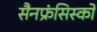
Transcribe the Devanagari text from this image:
सैनफ्रंसिस्को